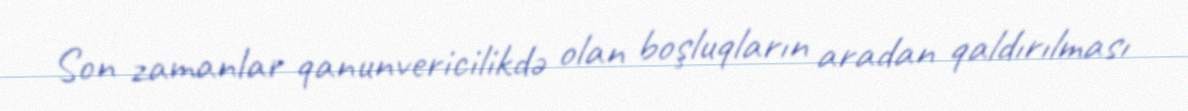
Son zamanlar qanunvericilikdə olan boşluqların aradan qaldırılması